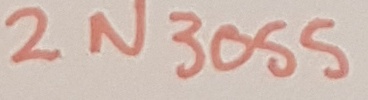
Text: 2N3055